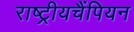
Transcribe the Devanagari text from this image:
राष्ट्रीयचैंपियन